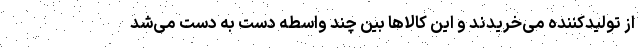
از تولیدکننده می‌خریدند و این کالاها بین چند واسطه دست به دست می‌شد